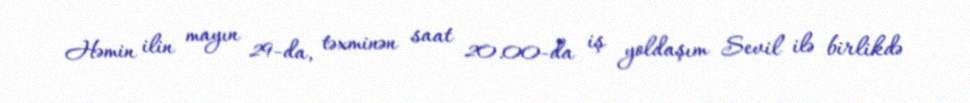
Həmin ilin mayın 29-da, təxminən saat 20.00-da iş yoldaşım Sevil ilə birlikdə